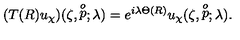
( T ( R ) u _ { \chi } ) ( \zeta , \stackrel { o } { p } ; \lambda ) = e ^ { i \lambda \Theta ( R ) } u _ { \chi } ( \zeta , \stackrel { o } { p } ; \lambda ) .